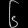
Digit: ၆